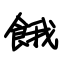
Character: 餓